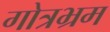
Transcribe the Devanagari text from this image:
गोत्रभ्रम